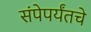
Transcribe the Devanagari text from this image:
संपेपर्यंतचे